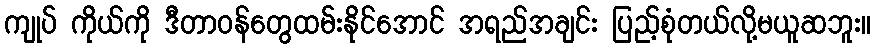
ကျုပ် ကိုယ်ကို ဒီတာဝန်တွေထမ်းနိုင်အောင် အရည်အချင်း ပြည့်စုံတယ်လို့မယူဆဘူး။